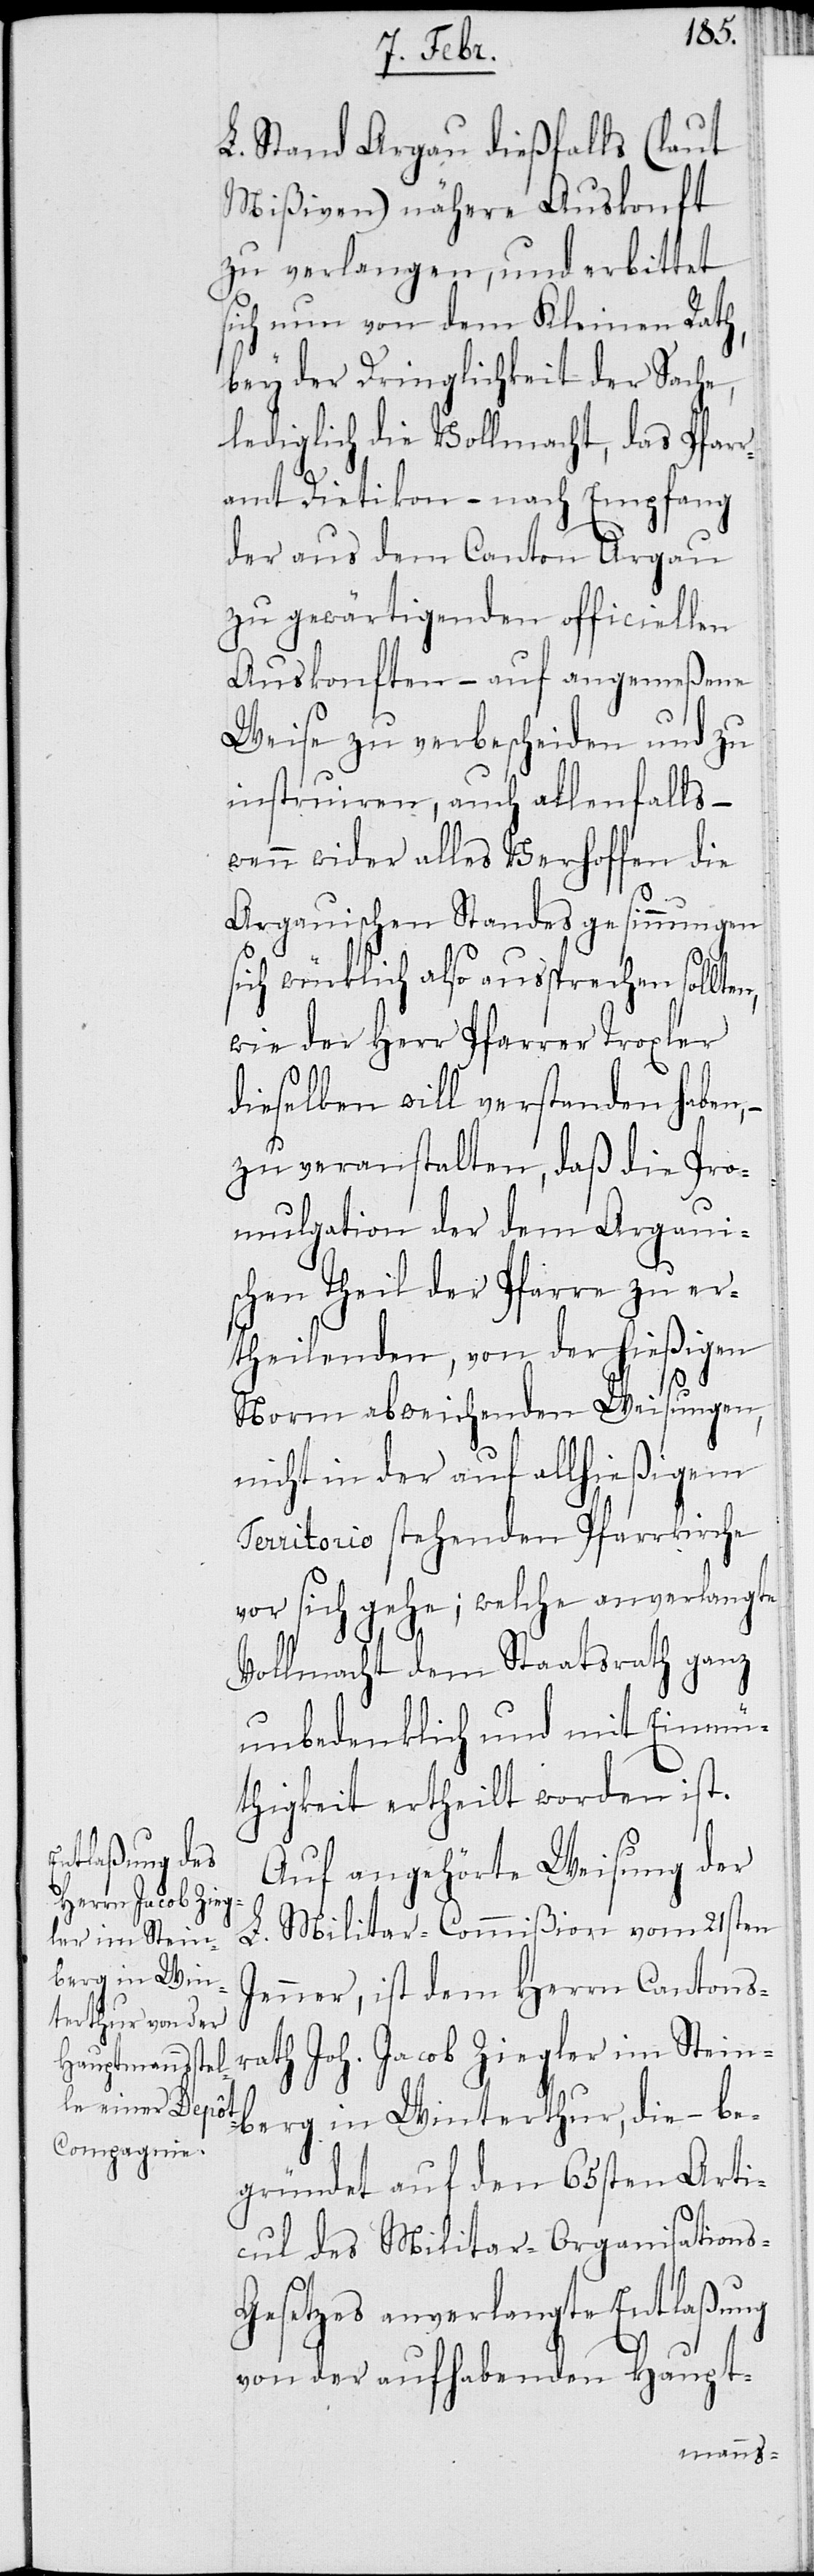
L. Stand Argau dießfalls (laut
Mißiven) nähere Auskunft
zu verlangen, und erbittet
sich nun von dem Kleinen Rath,
bey der Dringlichkeit der Sache,
lediglich die Vollmacht, das Pfarr¬
amt Dietikon – nach Empfang
der aus dem Canton Argau
zu gewärtigenden officiellen
Auskonften – auf angemeßene
Weise zu verbescheiden und zu
instruiren, auch allenfalls –
wenn wider alles Verhoffen die
s-G¬
Argauischen Standesgesinnungen
sich wirklich also aussprechen sollte¬
wie der Herr Pfarrer Troxler
dieselben will verstanden haben,
zu veranstalten, daß die Pro¬
mulgation der dem Argauis¬
chen Theil der Pfarre zu er¬
theilenden, von der hießigen
Norm abweichenden Weisungen,
nicht in der auf allhießigem
Territorio stehenden Pfarrkirche
vor sich gehe; welche anverlangte
Vollmacht dem Staatsrath ganz
unbedenklich und mit Einmü¬
thigkeit ertheilt worden ist.
Auf angehörte Weisung der
L. Militar-Commißion vom 21sten
Jenner, ist dem Herrn Cantons¬
rath Joh. Jacob Ziegler im Stein¬
berg in Winterthur, die – be¬
gründet auf den 65sten Artic¬
ul des Militar-Organisation¬
esetzes anverlangte Entlaßung
von der aufhabenden Haupt-